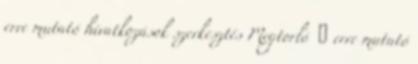
erre mutató hivatkozások szerkesztés Megtorló ‎ ← erre mutató